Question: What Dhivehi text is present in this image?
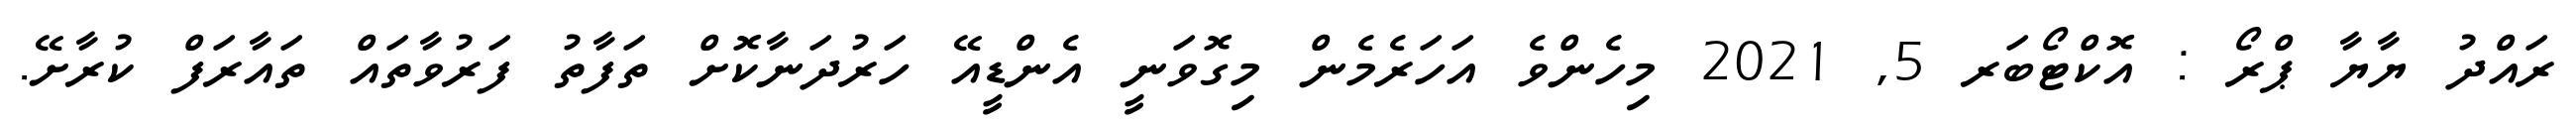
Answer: ރައްދު ޔާޔާ ޕްރޯ : އޮކްޓޯބަރ 5, 2021 މިހެންވެ އަހަރެމެން މިގޮވަނީ އެންޑީއޭ ހަރުދަނާކޮށް ތަފާތު ފަރުވާތައް ތައާރަފް ކުރާށޭ.